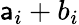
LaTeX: \mathsf{a}_{i}+b_{i}